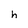
Character: h